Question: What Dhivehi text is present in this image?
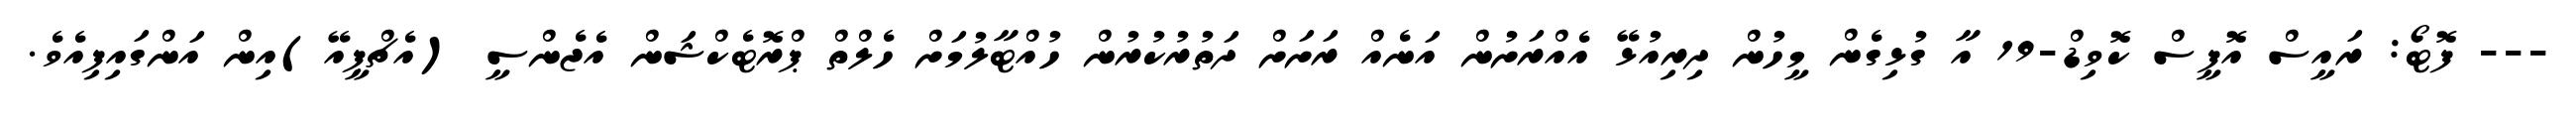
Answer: --- ފޮޓޯ: ރައީސް އޮފީސް ކޮވިޑް-19 އާ ގުޅިގެން މީހުން ދިރިއުޅޭ އެއްރަށުން އަނެއް ރަށަށް ދަތުރުކުރުން ހުއްޓާލުމަށް ހެލްތް ޕްރޮޓެކްޝަން އެޖެންސީ (އެޗްޕީއޭ)އިން އަންގައިފިއެވެ.